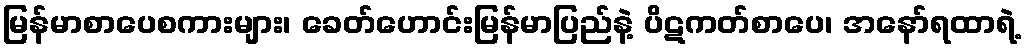
မြန်မာစာပေစကားများ၊ ခေတ်ဟောင်းမြန်မာပြည်နဲ့ ပိဋကတ်စာပေ၊ အနော်ရထာရဲ့